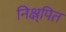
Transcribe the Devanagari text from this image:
निक्ष्र्पित